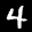
Label: 4